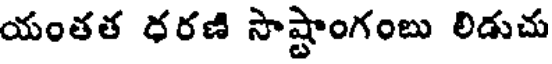
యంతత రరణి సాష్టాంగంబు లిడుచు